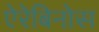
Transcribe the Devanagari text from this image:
ऐरेबिनोस